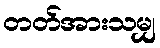
တတ်အားသမျှ